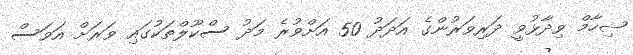
ޝިހާމް ވިދާޅުވީ ދަރިވަރުންގެ އަދަދު 50 އަށްވުރެ މަދު ސްކޫލްތަކުގައި ވަރަށް އަވަސް